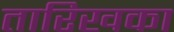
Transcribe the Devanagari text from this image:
तारिखका